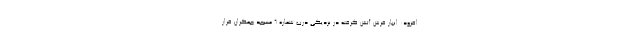
افزود: انبار فرش آتش گرفته در نزدیکی درب شماره 6 مسجد جمکران قرار